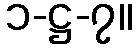
၁-ဋ္ဌ-၇။